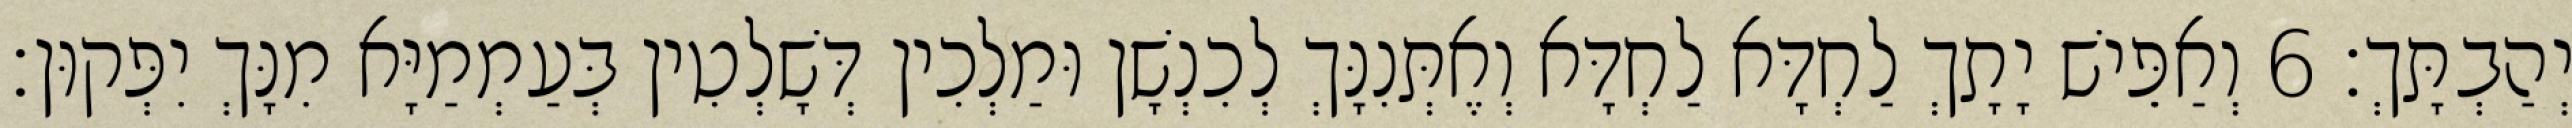
יְהַבְתָּךְ׃ 6 וְאַפֵּישׁ יָתָךְ לַחְדָּא לַחְדָּא וְאֶתְּנִנָּךְ לְכִנְשָׁן וּמַלְכִין דְּשָׁלְטִין בְּעַמְמַיָּא מִנָּךְ יִפְּקוּן׃